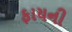
ફાયની